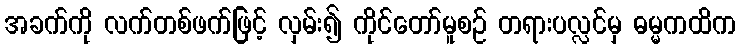
အခက်ကို လက်တစ်ဖက်ဖြင့် လှမ်း၍ ကိုင်တော်မူစဉ် တရားပလ္လင်မှ ဓမ္မကထိက